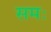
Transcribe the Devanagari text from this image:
समः